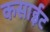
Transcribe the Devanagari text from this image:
कसाईट